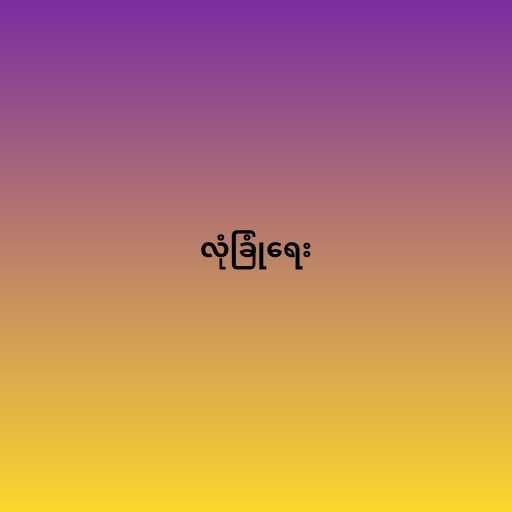
လုံခြုံရေး